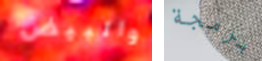
والبيض برمجة